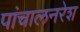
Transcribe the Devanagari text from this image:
पांचालनरेश